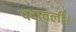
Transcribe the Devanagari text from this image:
पदावली।